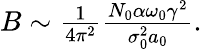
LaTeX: \begin{array}{r}{B\sim\frac{1}{4\pi^{2}}\frac{N_{0}\alpha\omega_{0}\gamma^{2}}{\sigma_{0}^{2}a_{0}}.}\end{array}